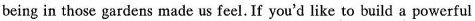
being in those gardens made us feel. If you'd like to build a powerful